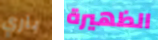
باري الظهيرة